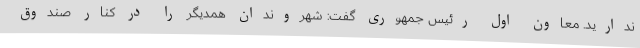
ندارید. معاون اول رئیس جمهوری گفت: شهروندان همدیگر را در کنار صندوق